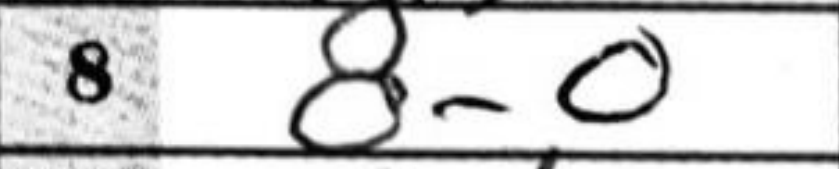
Transcription: O-O